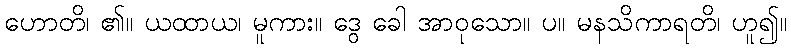
ဟောတိ၊ ၏။ ယထာယ၊ မူကား။ ဒွေ ခေါ အာဝုသော။ ပ။ မနသိကာရတိ၊ ဟူ၍။